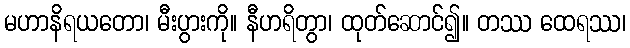
မဟာနိရယတော၊ မီးပွားကို။ နီဟရိတွာ၊ ထုတ်ဆောင်၍။ တဿ ထေရဿ၊